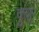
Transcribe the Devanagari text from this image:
कुन्नूर